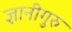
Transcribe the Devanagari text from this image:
ज्ञानीगुरु